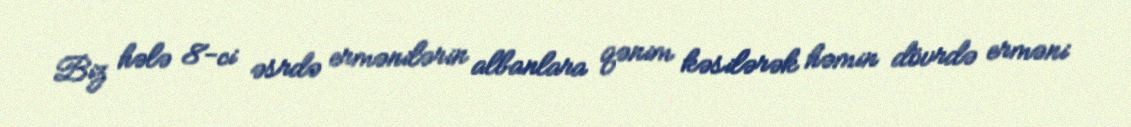
Biz hələ 8-ci əsrdə ermənilərin albanlara qənim kəsilərək həmin dövrdə erməni